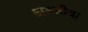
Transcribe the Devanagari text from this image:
अल्जीया